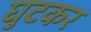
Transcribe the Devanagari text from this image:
घुटकर